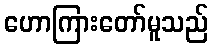
ဟောကြားတော်မူသည်